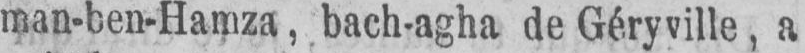
man-ben-Hamza, bach-agha de Géryville, a